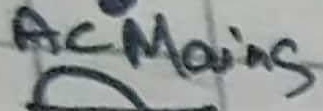
Text: ACMains